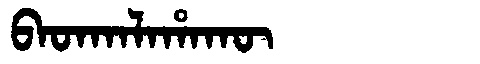
Manchu: ᠪᠠᡨᡴᠠᠯᠠᡥᠠᡴᡡ
Romanization: BATKALAHAKŪ